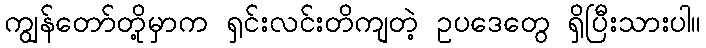
ကျွန်တော်တို့မှာက ရှင်းလင်းတိကျတဲ့ ဥပဒေတွေ ရှိပြီးသားပါ။